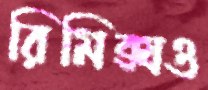
রিমিক্সও